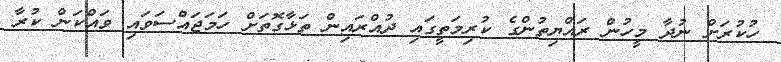
ހުކުރަށް ނުދާ މީހުން ރައްޔިތުންގެ ކުރިމަތީގައި ދުއްރައިން ތަޅާގޮތަށް ހަމަޖައްސަވައި ވައްކަން ކުރާ